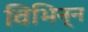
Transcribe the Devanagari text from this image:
विभिन्न